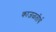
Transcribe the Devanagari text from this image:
काजळतीर्थ